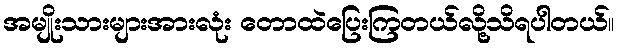
အမျိုးသားများအားလုံး တောထဲပြေးကြတယ်လို့သိရပါတယ်။